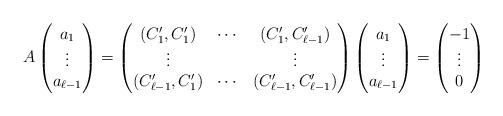
LaTeX: \begin{align*}A\begin{pmatrix}a_1\\\vdots\\a_{\ell-1}\end{pmatrix}=\begin{pmatrix}(C'_1,C'_1)&\cdots&(C'_1,C'_{\ell-1})\\\vdots&&\vdots\\(C'_{\ell-1},C'_1)&\cdots&(C'_{\ell-1},C'_{\ell-1})\end{pmatrix}\begin{pmatrix}a_1\\\vdots\\a_{\ell-1}\end{pmatrix}=\begin{pmatrix}-1\\\vdots\\0\end{pmatrix}\end{align*}